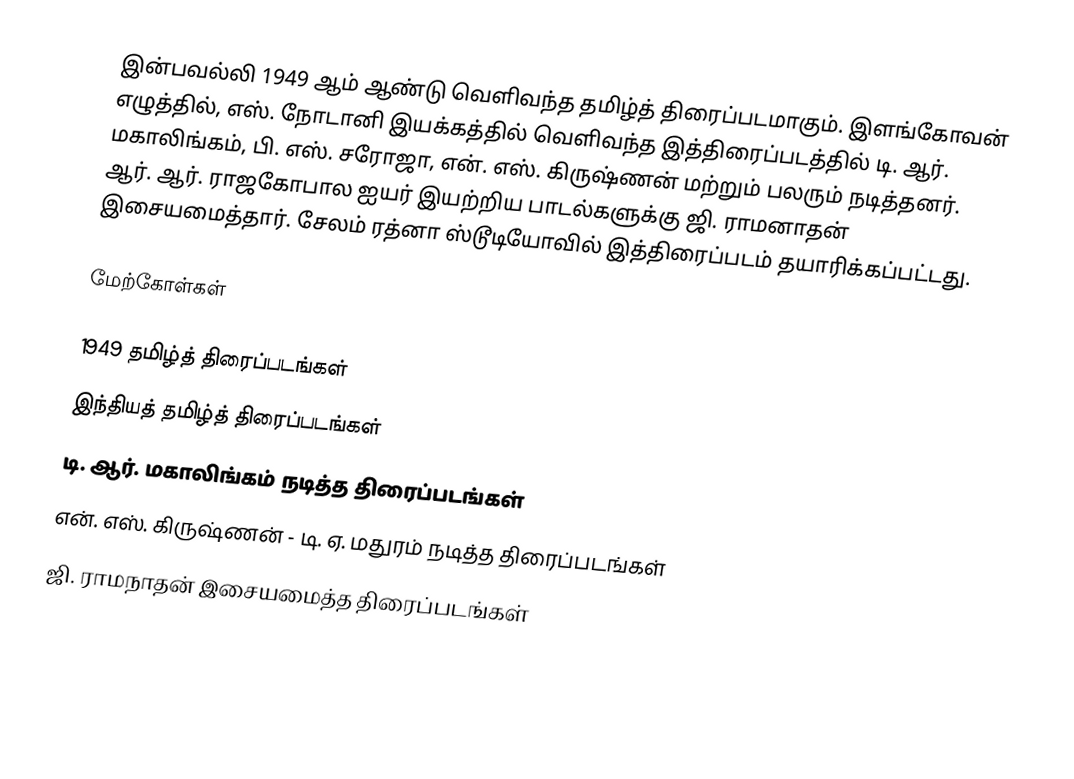
இன்பவல்லி 1949 ஆம் ஆண்டு வெளிவந்த தமிழ்த் திரைப்படமாகும்.  இளங்கோவன் எழுத்தில், எஸ். நோடானி இயக்கத்தில் வெளிவந்த இத்திரைப்படத்தில் டி. ஆர். மகாலிங்கம், பி. எஸ். சரோஜா, என். எஸ். கிருஷ்ணன் மற்றும் பலரும் நடித்தனர். ஆர். ஆர். ராஜகோபால ஐயர் இயற்றிய பாடல்களுக்கு ஜி. ராமனாதன் இசையமைத்தார். சேலம் ரத்னா ஸ்டூடியோவில் இத்திரைப்படம் தயாரிக்கப்பட்டது.

மேற்கோள்கள்

1949 தமிழ்த் திரைப்படங்கள்
இந்தியத் தமிழ்த் திரைப்படங்கள்
டி. ஆர். மகாலிங்கம் நடித்த திரைப்படங்கள்
என். எஸ். கிருஷ்ணன் - டி. ஏ. மதுரம் நடித்த திரைப்படங்கள்
ஜி. ராமநாதன் இசையமைத்த திரைப்படங்கள்